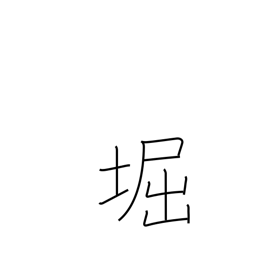
Meaning: moat